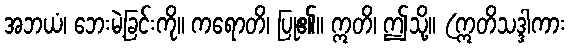
အဘယံ၊ ဘေးမဲ့ခြင်းကို။ ကရောတိ၊ ပြု၏။ ဣတိ၊ ဤသို့။ (ဣတိသဒ္ဒါကား